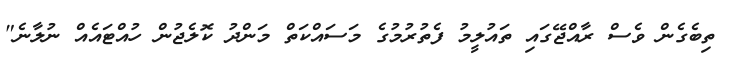
ތިބެގެން ވެސް ރާއްޖޭގައި ތައުލީމު ފެތުރުމުގެ މަސައްކަތް މަންދު ކޮލެޖުން ހުއްޓައެއް ނުލާނެ"